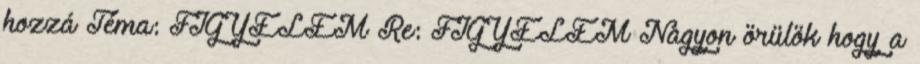
hozzá Téma: FIGYELEM Re: FIGYELEM Nagyon örülök hogy a